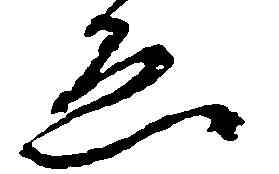
ゑ